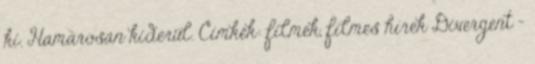
ki. Hamarosan kiderül. Címkék: filmek, filmes hírek Divergent -